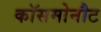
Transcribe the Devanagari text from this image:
कॉसमोनौट